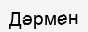
Дәрмен